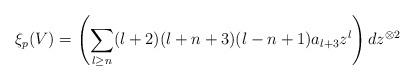
LaTeX: \begin{align*}\xi_p(V) = \left(\sum_{l \ge n}(l+2)(l+n+3)(l-n+1)a_{l+3}z^l\right)dz^{\otimes 2}\end{align*}